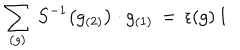
LaTeX: \sum _ { ( g ) } \, S ^ { - 1 } \big ( g _ { ( 2 ) } \big ) \cdot g _ { ( 1 ) } \, = \, \epsilon ( g ) \, 1